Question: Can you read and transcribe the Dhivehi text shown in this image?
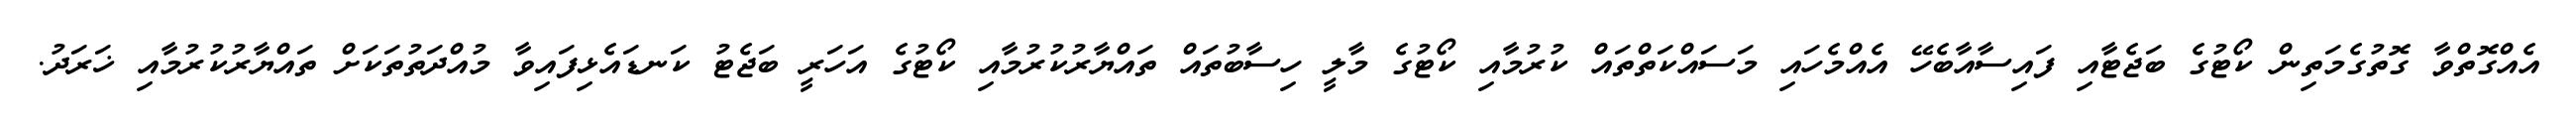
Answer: އެއްގޮތްވާ ގޮތުގެމަތިން ކޯޓުގެ ބަޖެޓާއި ފައިސާއާބެހޭ އެއްމެހައި މަސައްކަތްތައް ކުރުމާއި ކޯޓުގެ މާލީ ހިސާބުތައް ތައްޔާރުކުރުމާއި ކޯޓުގެ އަހަރީ ބަޖެޓު ކަނޑައެޅިފައިވާ މުއްދަތުތަކަށް ތައްޔާރުކުރުމާއި ޚަރަދު.